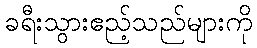
ခရီးသွားဧည့်သည်များကို